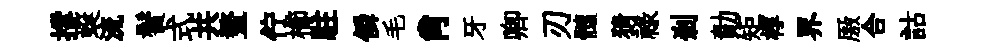
撐蜒流鬢式共鳌佇櫛駐僢毛肖牙卿刃髓猜禄剎勣矩椁界厫合詁